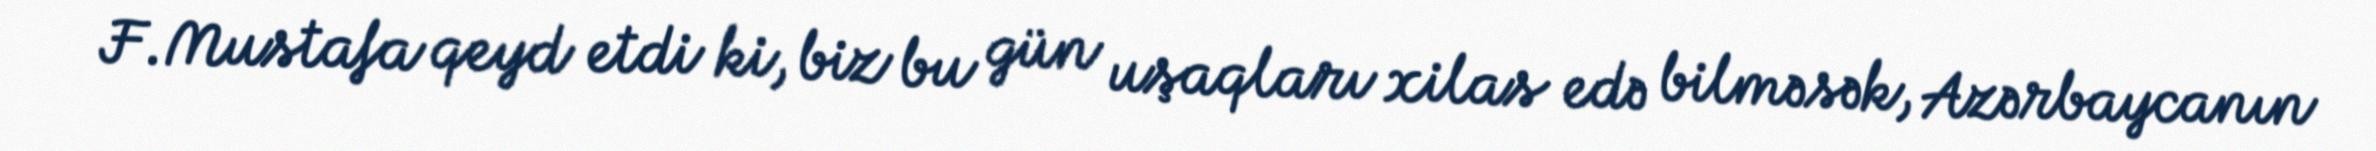
F.Mustafa qeyd etdi ki, biz bu gün uşaqları xilas edə bilməsək, Azərbaycanın